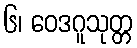
၆၊ ဝေဒဂူသုတ္တ